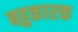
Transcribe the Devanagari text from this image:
बहुकारक